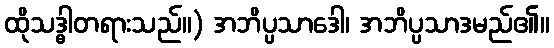
ထိုသဒ္ဓါတရားသည်။) အဘိပ္ပသာဒေါ၊ အဘိပ္ပသာဒမည်၏။